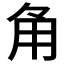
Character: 𮗠